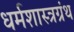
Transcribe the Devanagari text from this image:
धर्मशास्त्रग्रंथ